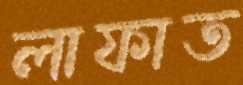
লাফাত